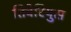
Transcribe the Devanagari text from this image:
तिबेरियुस